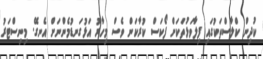
ކުދިން ކްލާސްތަކުގައި ފިލާވަޅުތަކަށް ފޯކަސް ކުރާކަން ވެސް މިހާރު އަޅުގަނޑުމެންނަށް އެނގޭ. މިނިސްޓަރު